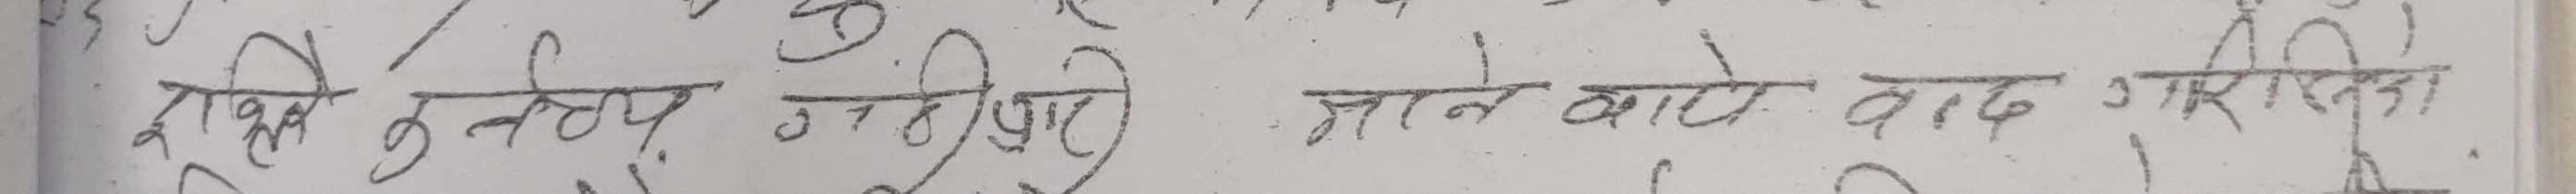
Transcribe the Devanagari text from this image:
रक्त के लिए उग्र जाने वाले बाद गरिता।